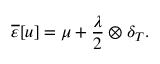
\overline { \varepsilon } [ u ] = \mu + \frac { \lambda } { 2 } \otimes \delta _ { T } .